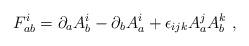
LaTeX: \begin{align*}F^i_{ab} = \partial_a A^i_b - \partial_b A^i_a + \epsilon_{ijk} A^j_a A^k_b\ ,\end{align*}